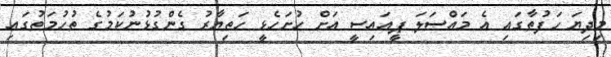
މިދިޔަ ހަފުތާގައި އެ މައްސަލަ ޕީއައިސީ އަށް ހުށަހެޅީ ހަތިޔާރު ގެންގުޅުނުކަމުގެ ތުހުމަތުގައި